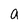
Character: a